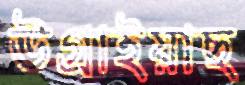
উগ্‌রাইয়াছ